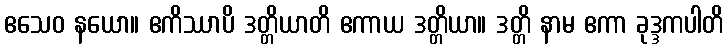
ဧသေဝ နယော။ ဧကိဿာပိ ဒတ္တိယာတိ ဧကာယ ဒတ္တိယာ။ ဒတ္တိ နာမ ဧကာ ခုဒ္ဒကပါတိ